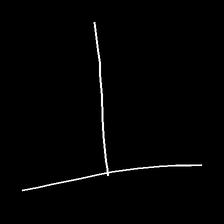
Glyph: column